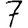
Digit: 7